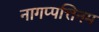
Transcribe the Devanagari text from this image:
नागप्पत्तिनम